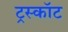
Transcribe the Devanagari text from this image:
ट्रस्कॉट